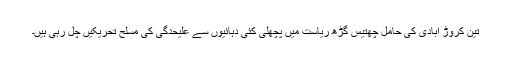
تین کروڑ آبادی کی حامل چھتیس گڑھ ریاست میں پچھلی کئی دہائیوں سے علیحدگی کی مسلح تحریکیں چل رہی ہیں۔